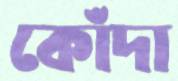
কোঁদা